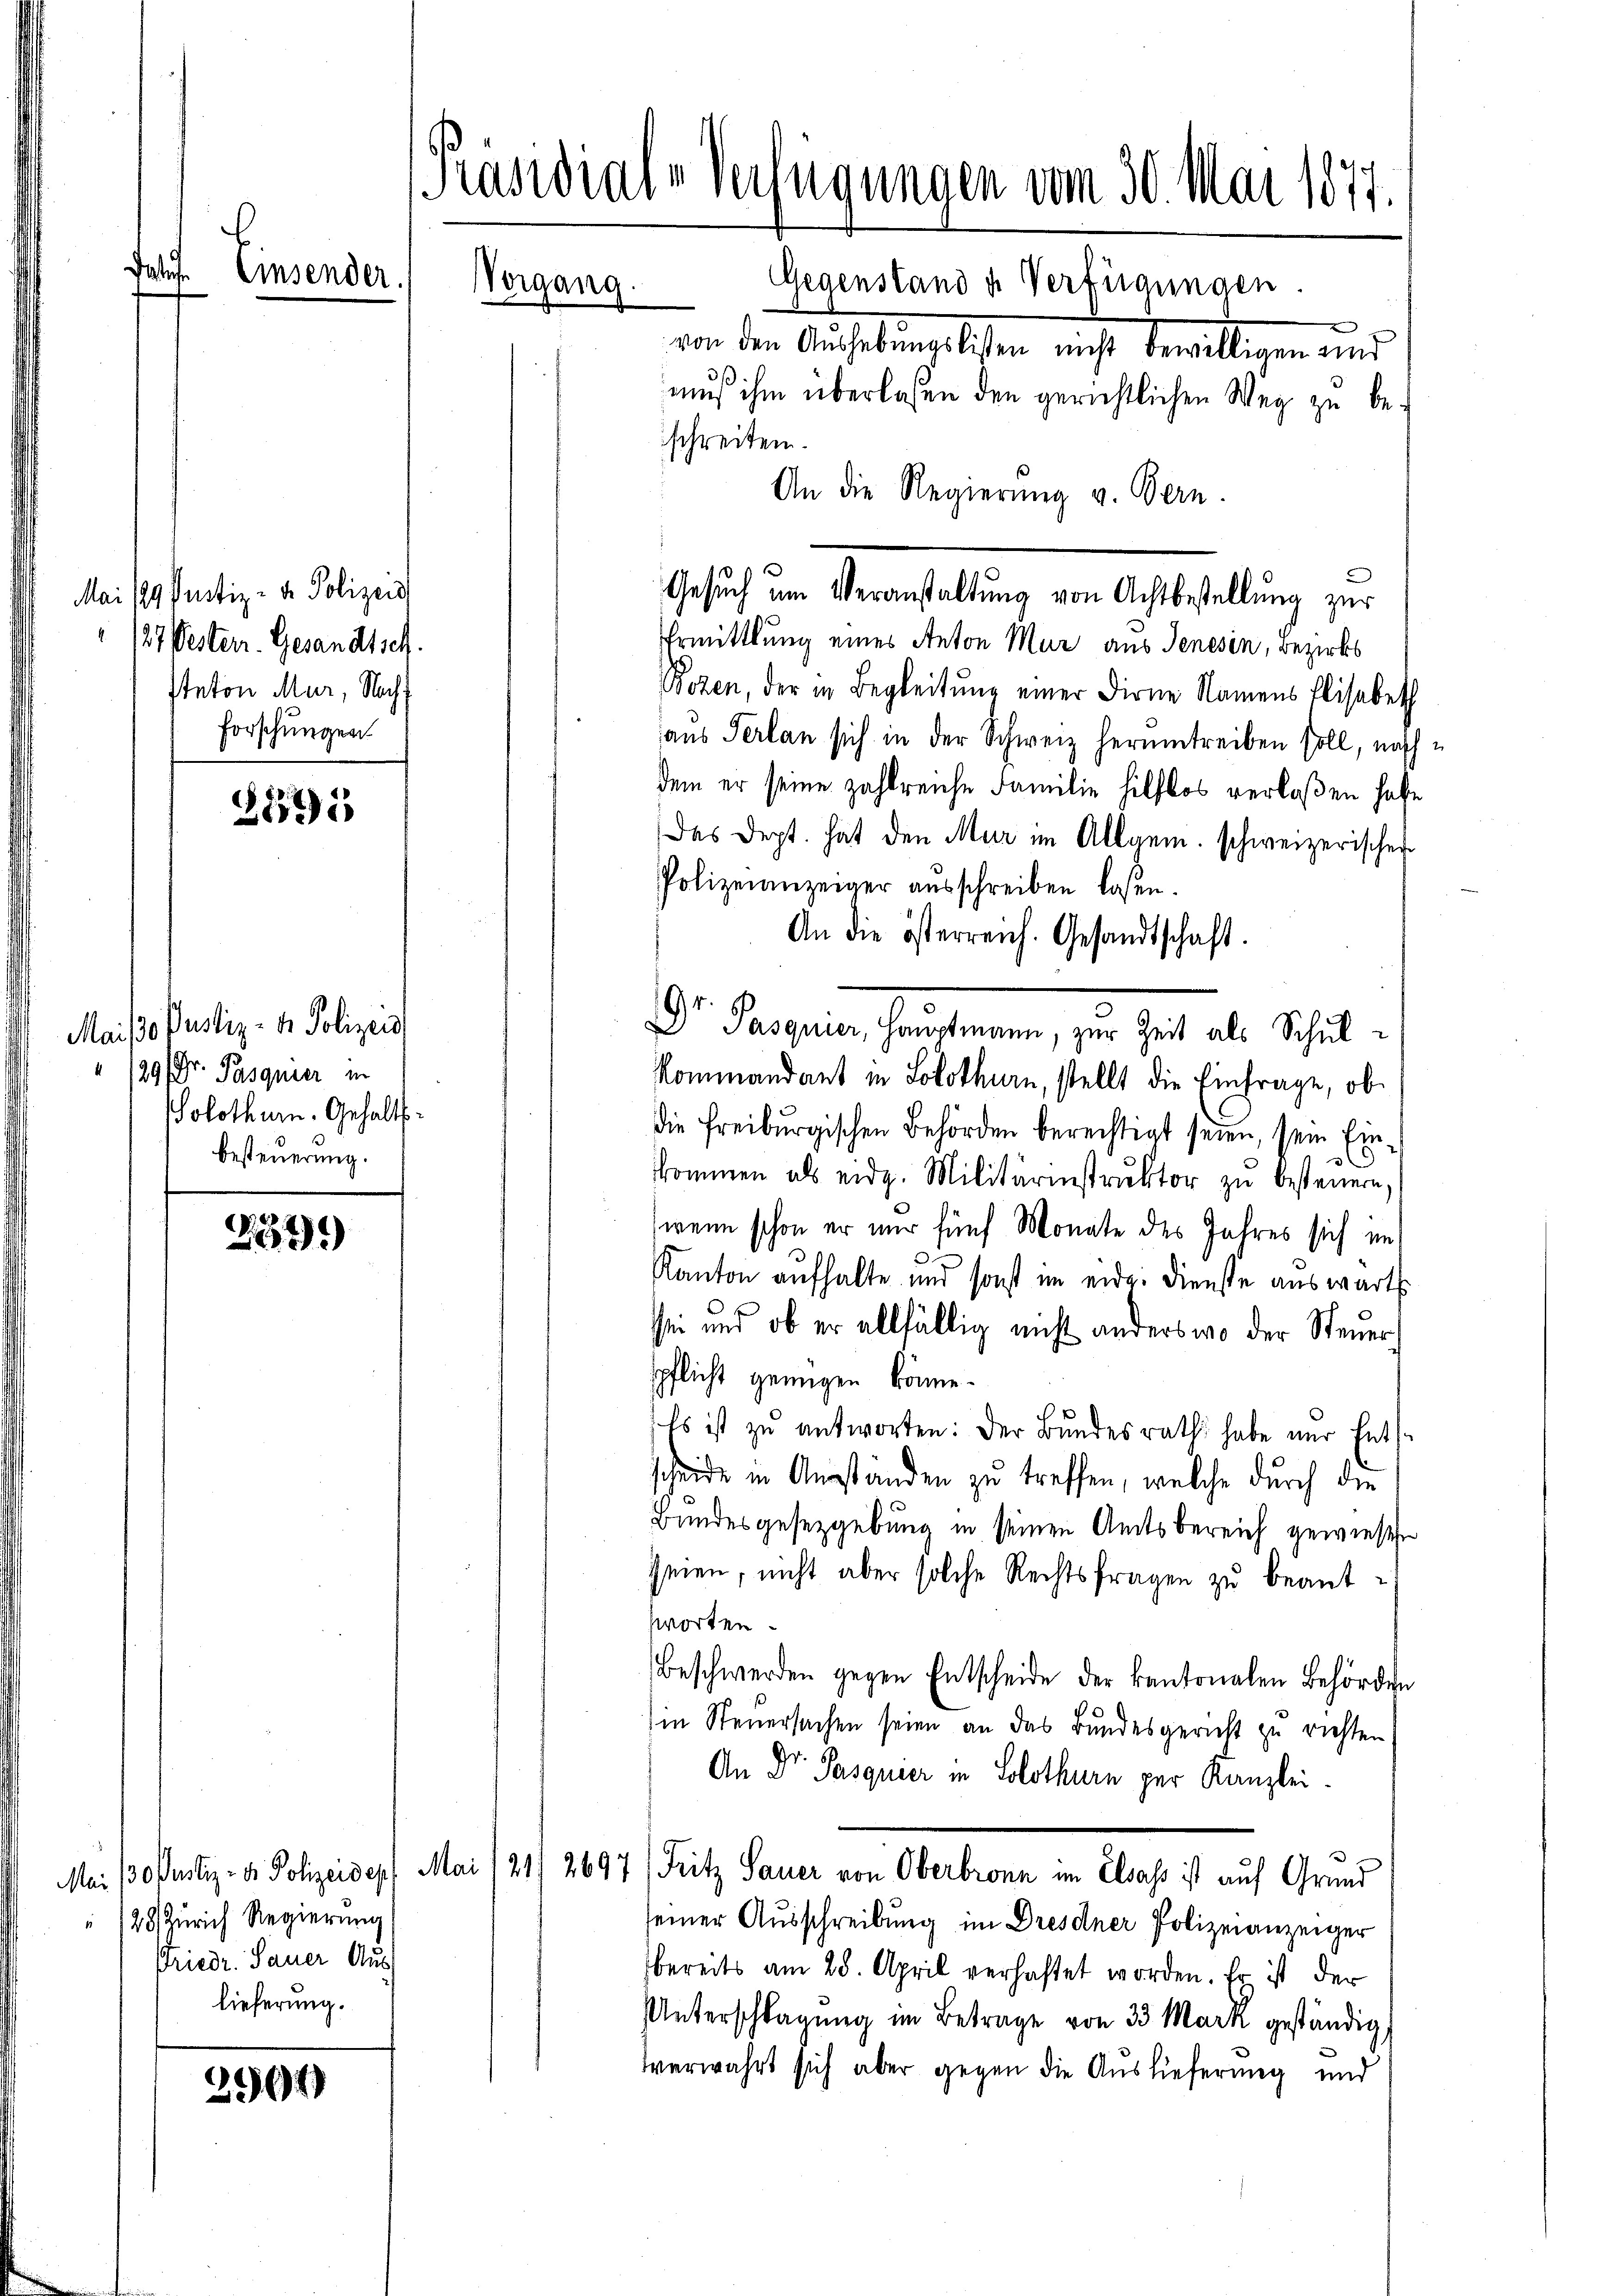
t

Mai 189 Pustiz- u. Polizeid
127 VOesten. Gesandtsch.
stnton Mur, Nach¬
Forschungen

387)

Maido Pustiz- & Polizeis
/29. Dr. Pasquier in
Solothurn. Gehalts-
besteuerung.

Präsidiale Verfügungen vom 30. Mai 1877.
Einsender.
Vorgang.
Gegenstand u. Verfügungen.

237)

/28 Zürich Regierung
Driedr. Sauer Aus-
lieferung.

2564)

von den Aufhebungslichen nicht bewilligen und
muß ihm überlassen den gerichtlichen Weg zu beschreiten.
An die Regierŭng v. Bern.
Ermittlung eines Anton Mur aus Jenesin, Bezirks
Bozen, der in Begleitung einer Firne Namens Elisabeth
aus Verlan sich in der Schweiz herumtreiben soll, nach
dem er seine zahlreiche Familie hilflos verlaßen habe
Das Dept. hat den Mur im Allgem. schweizerischer
Polizeianzeiger ausschreiben laßen.
An die österreich. Gesandtschaft.
Dr. Parteien, hauseinen, zur Zeit als Schul
Kommandant in Solothurn, stellt die Einfrage, ob
die Freiburgischen Behörden berechtigt seien, sein Einkkommen als eidg. Militärinstruktor zu besteuern,
wenn schon er nur fünf Monate des Jahres sich im
Kanton aufhalte und sonst im eidg. Dienste auswärts.
sei und ob er allfällig nicht anders wo der Steuerspflicht genügen könne.
Es ist zu entworten: Der Bundesrath habe nur Ents
scheide in Ausständen zu treffen, welche durch die
Bundesgesetzgebung in seinen Amtsbereich gewiesen
seien, nicht aber solche Rechtsfragen zu beantsworten.
Beschwerden gegen Entscheide der kantonalen Behörden
in Steuersachen seien an das Bundesgericht zu richten
An Dr. Pasquier in Solothurn per Kanzlei.
Mai 130. Justiz- & Polizeideph Mai 121. 2697 (Fritz Sauer von Oberbronn im Elsass ist auf Grund
seiner Ausschreibung im Dresdner Polizeianzeiger
bereits am 28. April verhaftet worden. Er ist der
Unterschlagung im Betrage von 33 Mark geständig,
verwahrt sich aber gegen die Auslieferung und

Gesŭch ŭm Veranstaltung von Achtbestellŭng zur